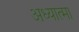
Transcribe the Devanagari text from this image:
अध्यात्मा